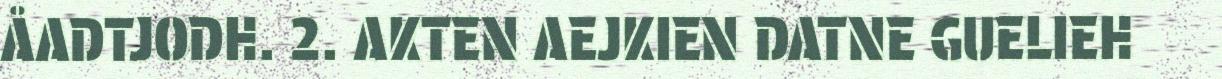
ÅADTJODH. 2. AKTEN AEJKIEN DATNE GUELIEH